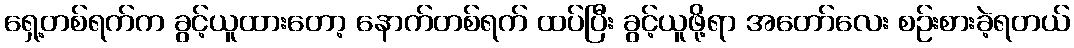
ရှေ့တစ်ရက်က ခွင့်ယူထားတော့ နောက်တစ်ရက် ထပ်ပြီး ခွင့်ယူဖို့ရာ အတော်လေး စဉ်းစားခဲ့ရတယ်